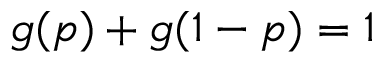
g ( p ) + g ( 1 - p ) = 1